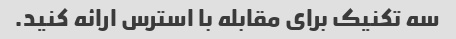
سه تکنیک برای مقابله با استرس ارائه کنید.